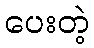
ပေးတဲ့